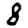
Digit: 8